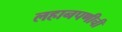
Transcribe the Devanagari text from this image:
लहानपणीची